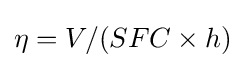
\eta =V/(SFC\times h)